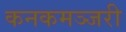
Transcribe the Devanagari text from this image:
कनकमञ्जरी